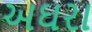
અઘરા